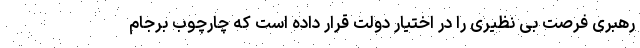
رهبری فرصت بی نظیری را در اختیار دولت قرار داده است که چارچوب برجام